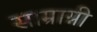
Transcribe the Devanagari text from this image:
साम्राग्नी